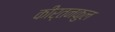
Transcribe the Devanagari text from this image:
कीर्तनकुल